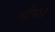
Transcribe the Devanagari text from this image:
औ़षध